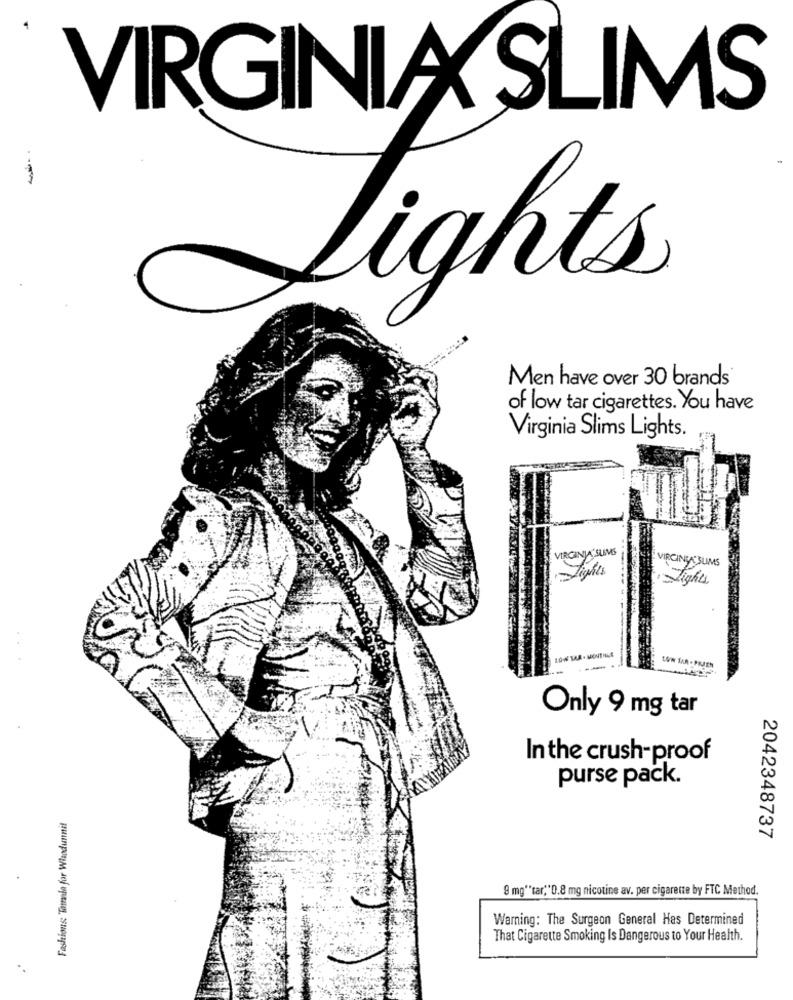
VIRGINIA SLIMS
Lights
Men have over 30 brands
of low tar cigarettes. You have
Virginia Slims Lights.
VIRGINIASUMS
VIRCING SLIMS
Lights
Lights
Only 9 mg tar
In the crush-proof
purse pack.
Fashions: Tamala for Whodunnit
2042348737
9 mg""tar,"0.8 mg nicotine av. per cigarette by FTC Method.
Warning: The Surgeon General Has Determined
That Cigarette Smoking Is Dangerous to Your Health.
..